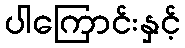
ပါကြောင်းနှင့်